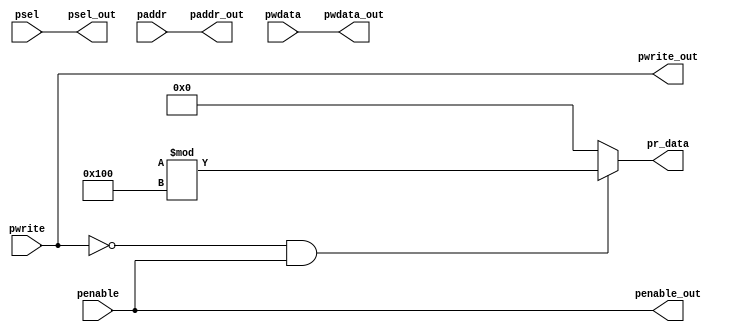
module apb_interface (input pwrite,penable,input [2:0] psel, input [31:0] paddr,pwdata,
					  output pwrite_out,penable_out,output [2:0] psel_out,
					  output [31:0] paddr_out,pwdata_out,output reg [31:0] pr_data);

assign pwrite_out=pwrite;
assign paddr_out=paddr;
assign psel_out=psel;
assign pwdata_out=pwdata;
assign penable_out=penable;

always @(*)
  begin
   if(!pwrite && penable)
     pr_data=($random)%256;
   else
     pr_data=32'h00000000;
  end
endmodule